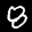
Label: 8